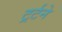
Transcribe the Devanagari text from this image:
ट्रर्टने